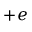
+ e